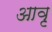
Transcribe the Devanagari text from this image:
आवृ